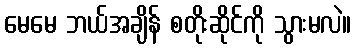
မေမေ ဘယ်အချိန် စတိုးဆိုင်ကို သွားမလဲ။